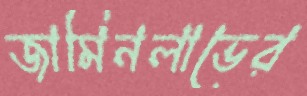
জামিনলাভের